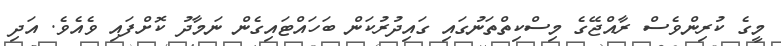
މީގެ ކުރިންވެސް ރާއްޖޭގެ މިސްކިތްތަނުގައި ގައިދުރުކަން ބަހައްޓައިގެން ނަމާދު ކޮށްފައި ވެއެވެ. އަދި